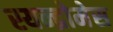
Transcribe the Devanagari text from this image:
स्यन्द्रोमेस